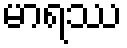
မာရဿ